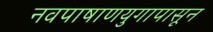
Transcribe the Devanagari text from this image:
नवपाषाणयुगापासून